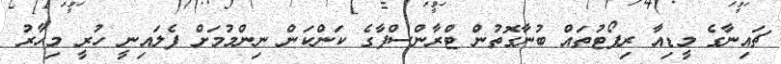
ޗައިނާގެ މީޑިއާ ރިޕޯޓުތައް ބުނާގޮތުން ޓްރާންސްފާގެ ކަންކަން ނިންމުމަށް ފެލައިނީ ހުރީ މިހާރު